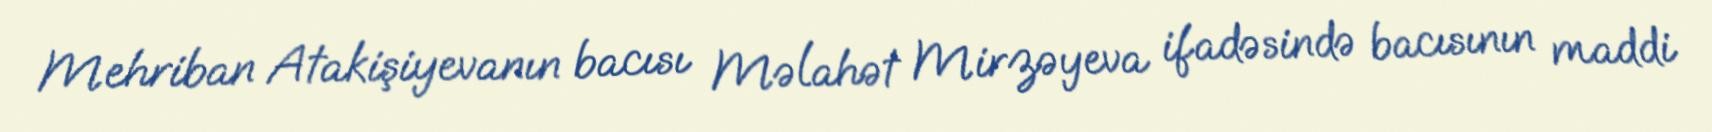
Mehriban Atakişiyevanın bacısı Məlahət Mirzəyeva ifadəsində bacısının maddi